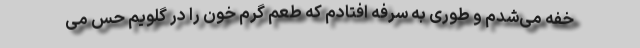
خفه می‌شدم و طوری به سرفه افتادم که طعم گرم خون را در گلویم حس می